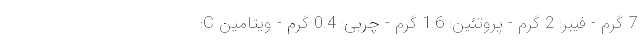
7 گرم - فیبر: 2 گرم - پروتئین: 1.6 گرم - چربی: 0.4 گرم - ویتامین C: